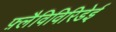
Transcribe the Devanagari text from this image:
फ़्लैविविरिडेई